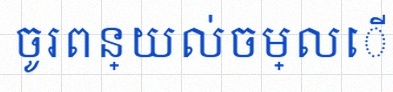
ចូរពន្យល់ចម្លើយ